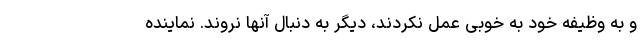
و به وظیفه خود به خوبی عمل نکردند، دیگر به دنبال آنها نروند. نماینده